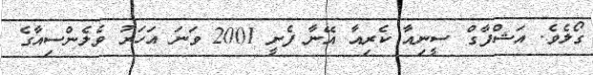
ގޯލެވެ. އަޝްފާގް ސީނިއާ ކެރިއާ އޭނާ ފެށީ 2001 ވަނަ އަހަރު ވެލެންސިއާގެ